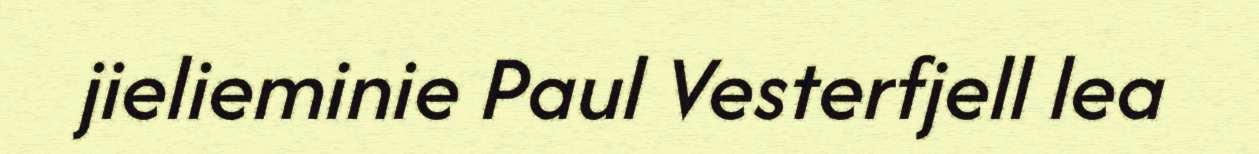
jielieminie Paul Vesterfjell lea